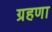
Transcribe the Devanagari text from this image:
ग्रहणा